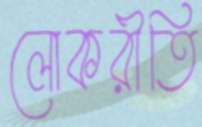
লোকরীতি